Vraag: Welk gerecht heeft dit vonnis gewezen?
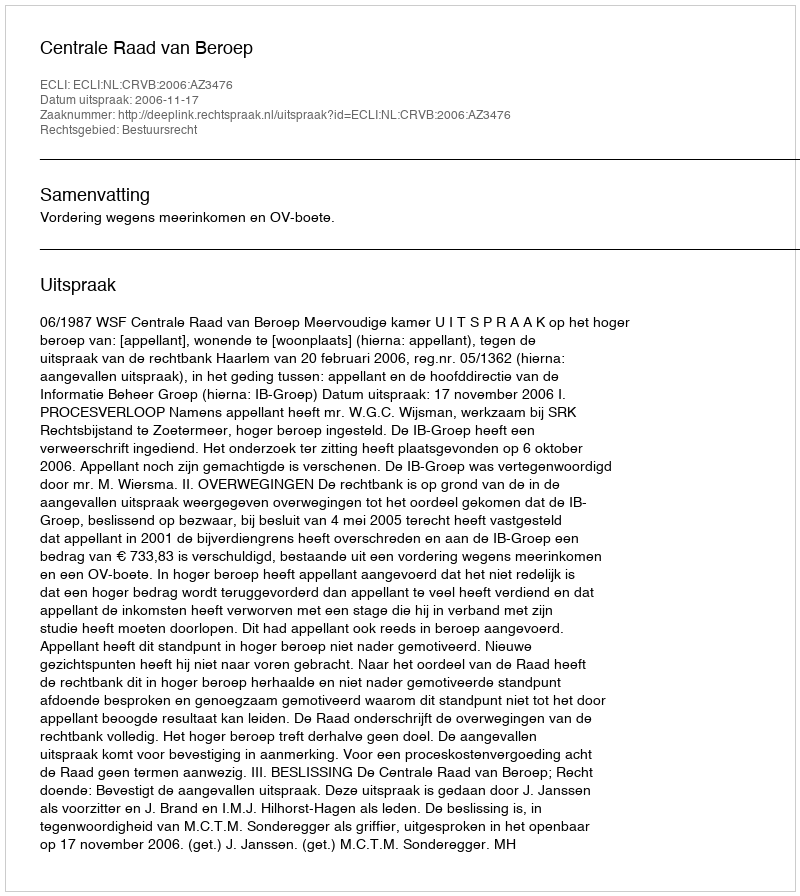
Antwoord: Centrale Raad van Beroep